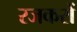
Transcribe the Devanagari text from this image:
रजकरों